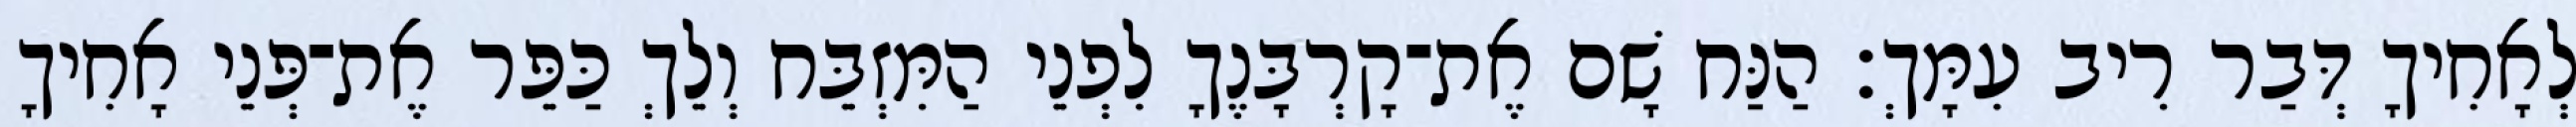
לְאָחִיךָ דְּבַר רִיב עִמָּךְ׃ הַנַּח שָׁם אֶת־קָרְבָּנֶךָ לִפְנֵי הַמִּזְבֵּח וְלֵךְ כַּפֵּר אֶת־פְּנֵי אָחִיךָ